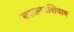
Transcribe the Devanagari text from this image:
बसल्याशिवाय